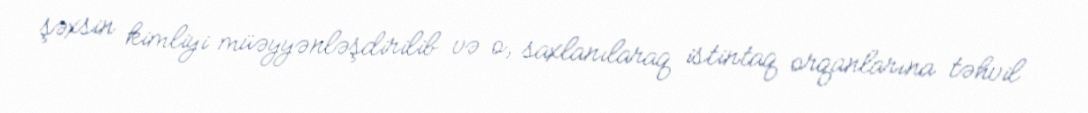
şəxsin kimliyi müəyyənləşdirilib və o, saxlanılaraq istintaq orqanlarına təhvil